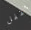
تقفل